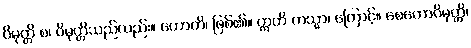
ဝိမုတ္တိ စ၊ ဝိမုတ္တိသည်လည်း။ ဟောတိ၊ ဖြစ်၏။ ဣတိ တသ္မာ၊ ကြောင့်။ စေတောဝိမုတ္တိ၊